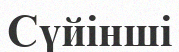
Сүйінші